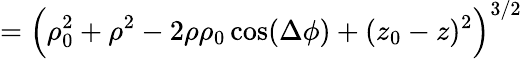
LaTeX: =\Big(\rho_{0}^{2}+\rho^{2}-2\rho\rho_{0}\cos(\Delta\phi)+(z_{0}-z)^{2}\Big)^{3/2}